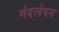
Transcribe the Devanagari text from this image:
गंदलेपन